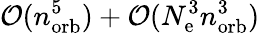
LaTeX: {\cal O}(n_{\mathrm{orb}}^{5})+{\cal O}(N_{\mathrm{e}}^{3}n_{\mathrm{orb}}^{3})